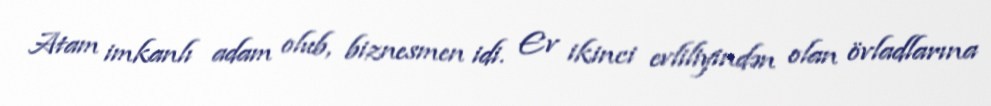
Atam imkanlı adam olub, biznesmen idi. Ev ikinci evliliyindən olan övladlarına